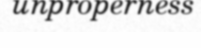
unproperness